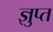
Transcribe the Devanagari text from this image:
ज्ञुप्‍त